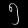
Digit: ၅